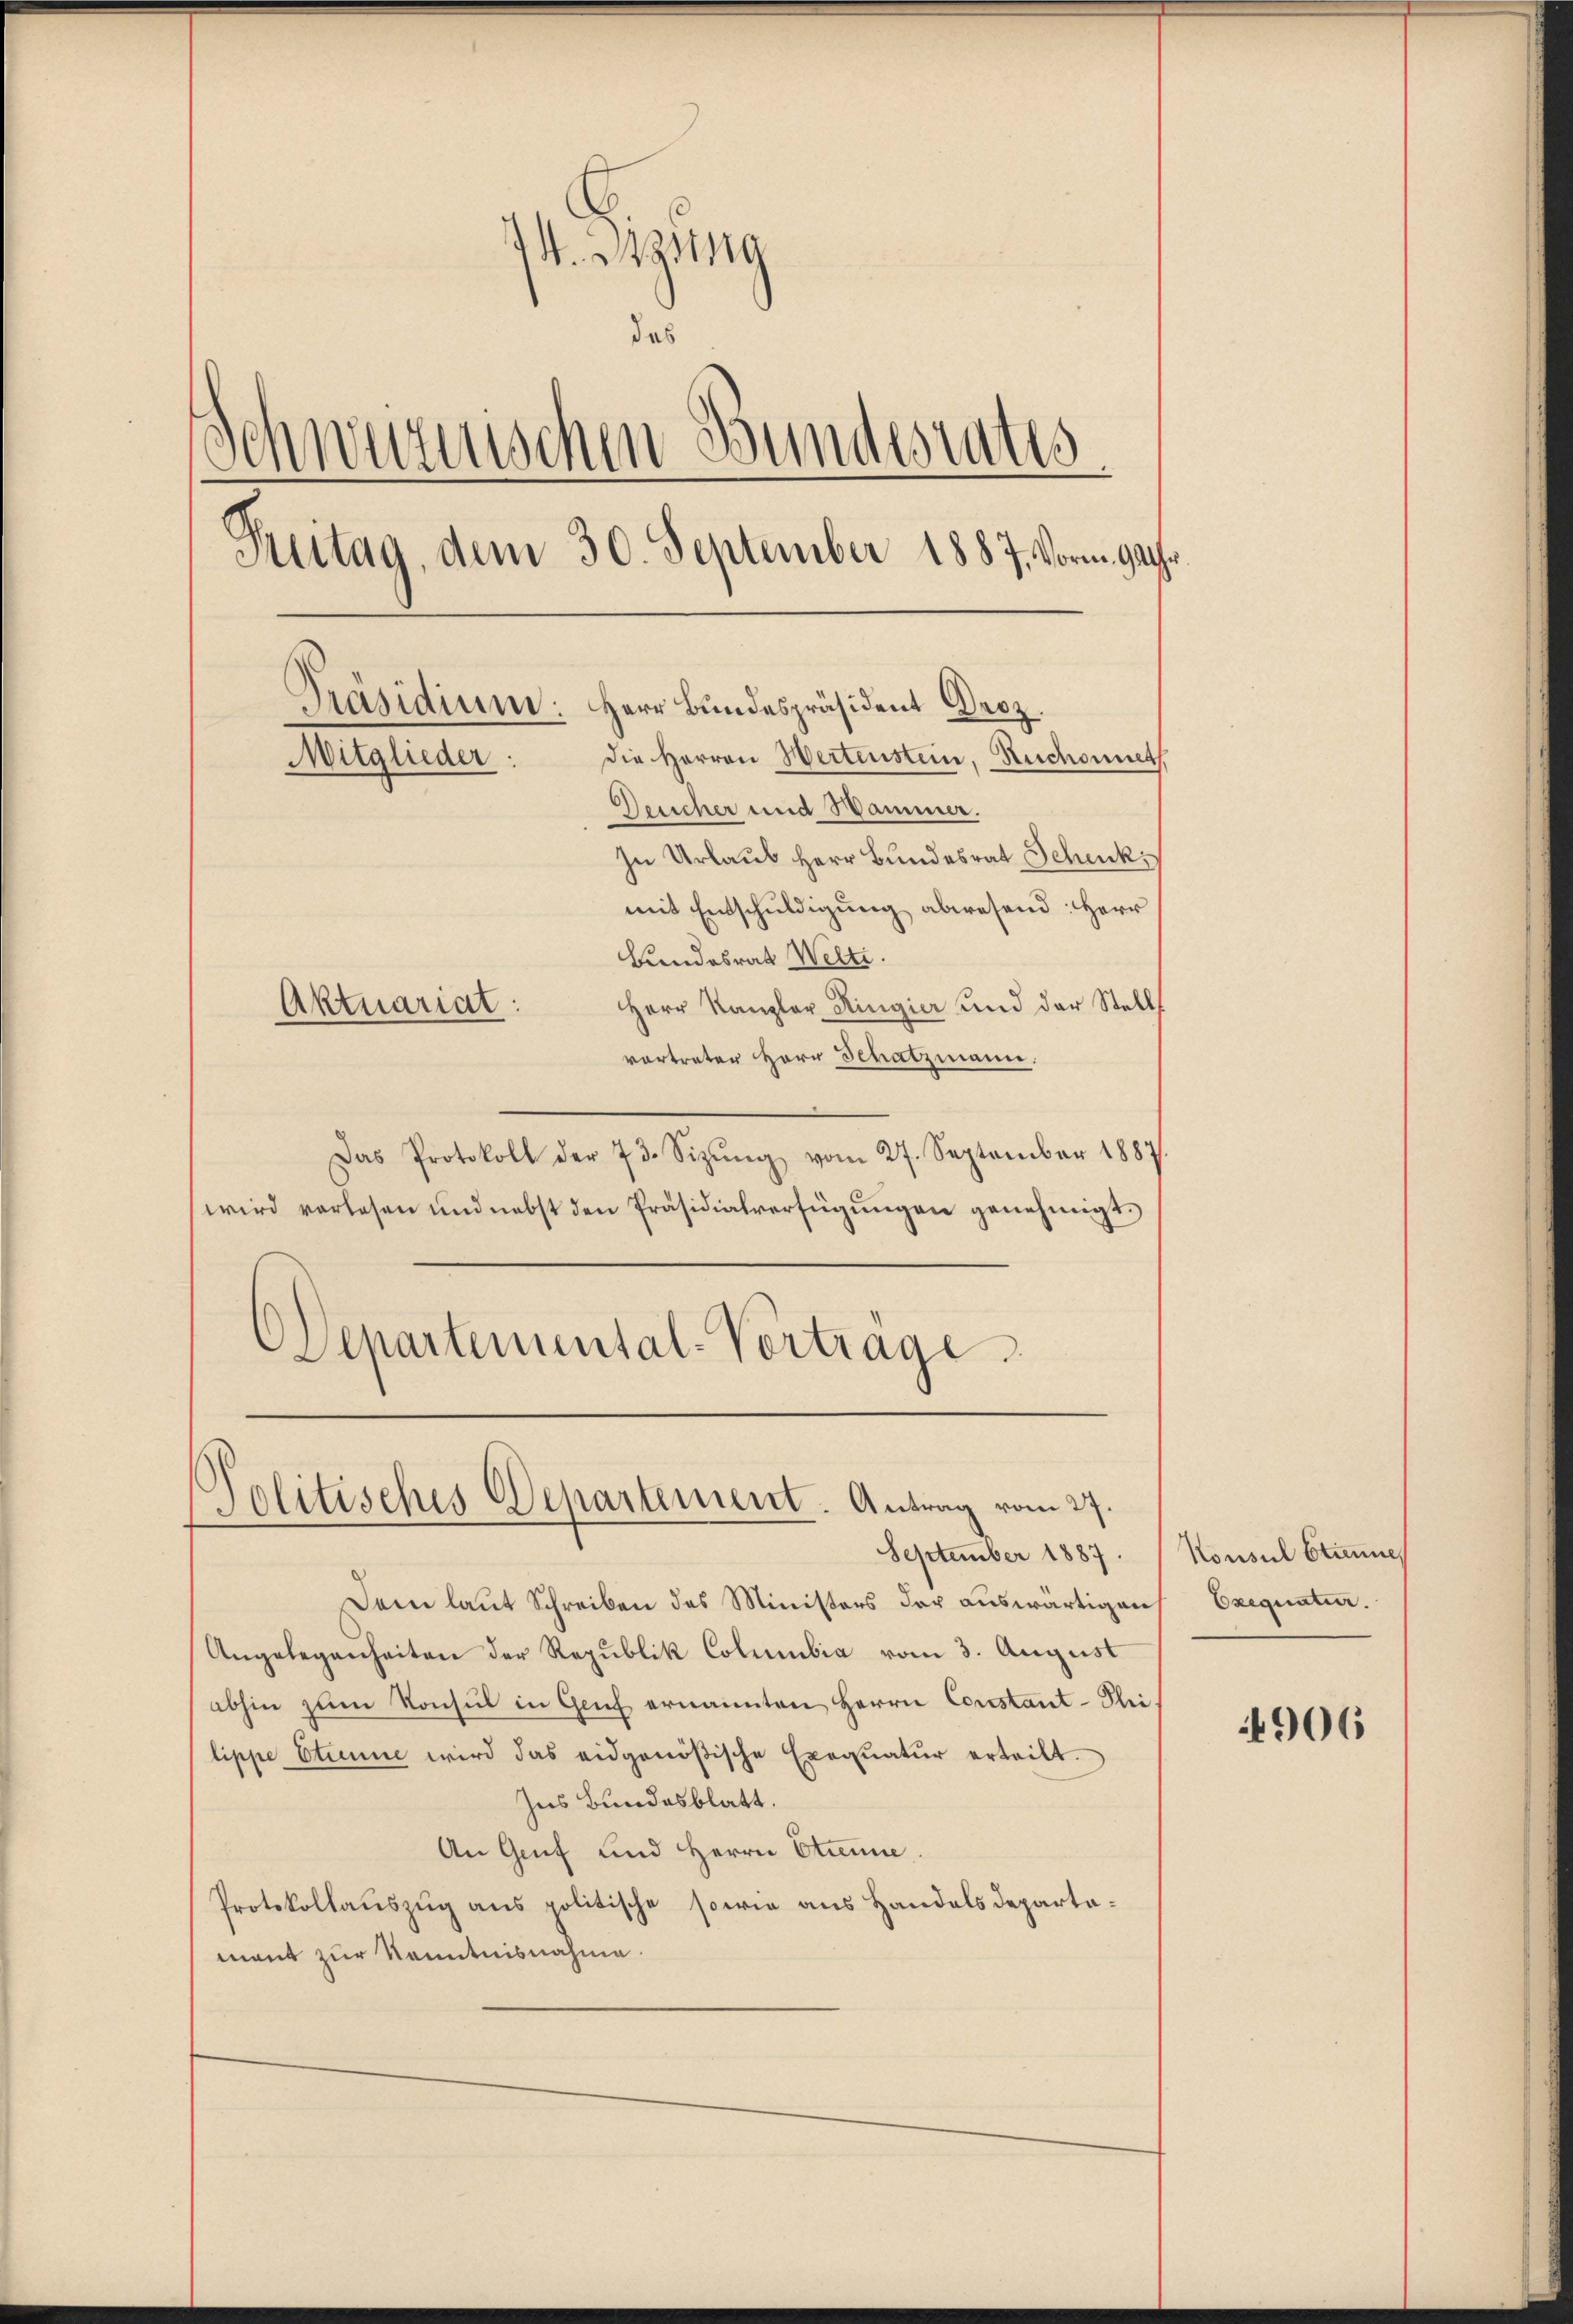
M. Itzing
das
Schweizerischen Bundesrates
Peitag, dem 30. September 1887. Vorm. 94.
.
Präsidium: Herr Bundespräsident Droz.
die Herren Wertenstein, Ruchonnet
Mitglieder:
Deucher und Hammer.

In Urlaub Herr Bundesrat Schenk
mit Entschuldigung abwesend: Herr
Bundesrat Welti.
Herr Kanzler Ringier und der Stell
vertrater Herr Schatzmann.
Das Protokoll der 73. Sizŭng vom 27. September 1887.
wird vorlesen und nebst den Präsidialverfügungen genehmigt.
Departemental-Vortrage

Aktuariat:

Politisches Departement. Antrag vom 27.

September 1887.
Dem laut Schreiben des Ministers der auswärtigen
Angelegenheiten der Republik Columbia vom 3. August
abhin zum Konsul in Genf ernannten Herrn Constant-Kleilippe Etienne wird das eidgenößische Exequatur erteilt.
Ins Bundesblatt.
An Genf und Herrn Etienne.
Protokollauszug aus politische sowie aus Handelsdepartamant zur Kenntnisnahme.

Konsul Stimmun
Exequatur.

906